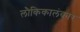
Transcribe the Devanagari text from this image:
लौकिकालंकार